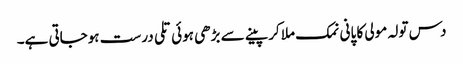
دس تولہ مولی کا پانی نمک ملا کر پینے سے بڑھی ہوئی تلی درست ہوجاتی ہے۔